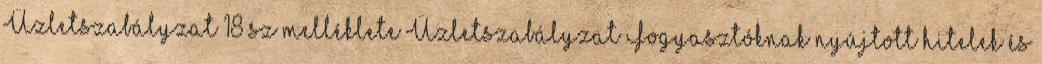
Üzletszabályzat 18 sz melléklete Üzletszabályzat Fogyasztóknak nyújtott hitelek és